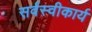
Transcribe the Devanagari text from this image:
सर्वस्वीकार्य